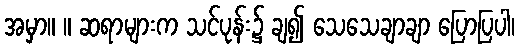
အမှာ။ ။ ဆရာများက သင်ပုန်း၌ ချ၍ သေသေချာချာ ပြောပြပါ၊